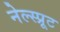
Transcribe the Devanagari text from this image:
नेल्स्प्रूट